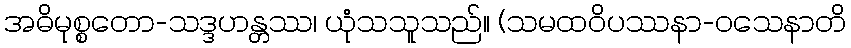
အဓိမုစ္စတော-သဒ္ဒဟန္တဿ၊ ယုံသသူသည်။ (သမထဝိပဿနာ-ဝသေနာတိ